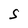
Character: S